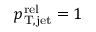
p _ { \mathrm { T , j e t } } ^ { \mathrm { r e l } } = 1